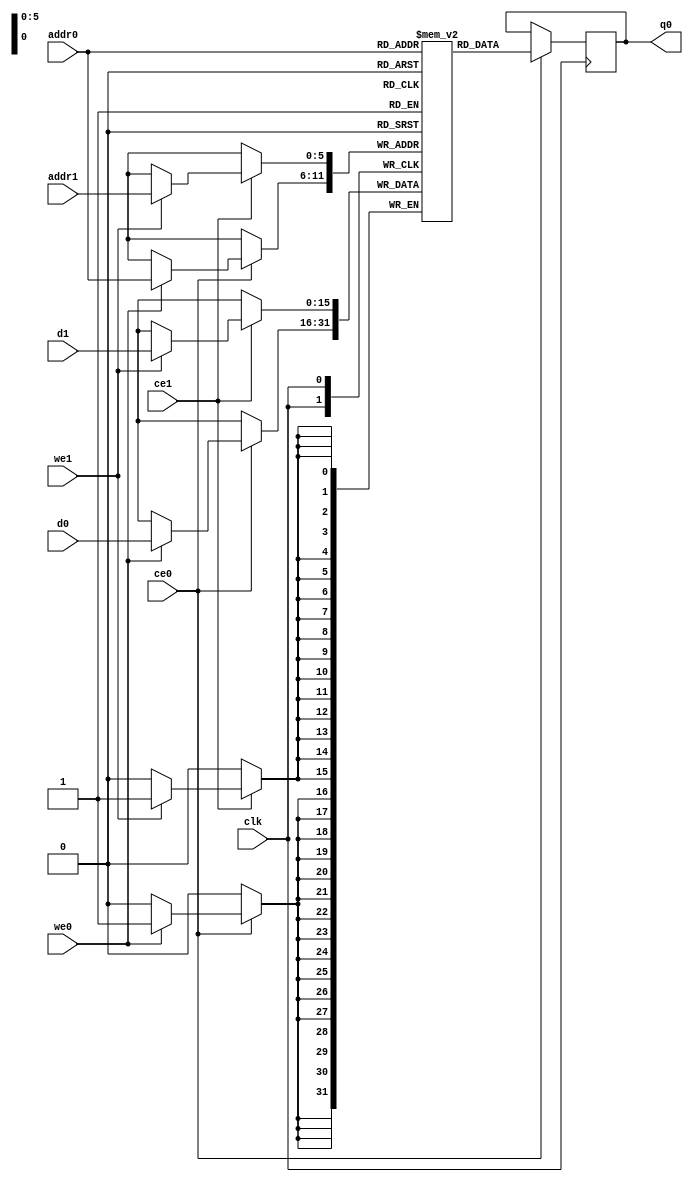
// ==============================================================
// Vivado(TM) HLS - High-Level Synthesis from C, C++ and SystemC v2019.2 (64-bit)
// Copyright 1986-2019 Xilinx, Inc. All Rights Reserved.
// ==============================================================
`timescale 1 ns / 1 ps
module conv_2d_cl_ss_ap_fixed_ap_fixed_16_5_5_3_0_config51_s_layHfu_ram (addr0, ce0, d0, we0, q0, addr1, ce1, d1, we1,  clk);

parameter DWIDTH = 16;
parameter AWIDTH = 6;
parameter MEM_SIZE = 64;

input[AWIDTH-1:0] addr0;
input ce0;
input[DWIDTH-1:0] d0;
input we0;
output reg[DWIDTH-1:0] q0;
input[AWIDTH-1:0] addr1;
input ce1;
input[DWIDTH-1:0] d1;
input we1;
input clk;

(* ram_style = "block" *)reg [DWIDTH-1:0] ram[0:MEM_SIZE-1];




always @(posedge clk)  
begin 
    if (ce0) begin
        if (we0) 
            ram[addr0] <= d0; 
        q0 <= ram[addr0];
    end
end


always @(posedge clk)  
begin 
    if (ce1) begin
        if (we1) 
            ram[addr1] <= d1; 
    end
end


endmodule

`timescale 1 ns / 1 ps
module conv_2d_cl_ss_ap_fixed_ap_fixed_16_5_5_3_0_config51_s_layHfu(
    reset,
    clk,
    address0,
    ce0,
    we0,
    d0,
    q0,
    address1,
    ce1,
    we1,
    d1);

parameter DataWidth = 32'd16;
parameter AddressRange = 32'd64;
parameter AddressWidth = 32'd6;
input reset;
input clk;
input[AddressWidth - 1:0] address0;
input ce0;
input we0;
input[DataWidth - 1:0] d0;
output[DataWidth - 1:0] q0;
input[AddressWidth - 1:0] address1;
input ce1;
input we1;
input[DataWidth - 1:0] d1;



conv_2d_cl_ss_ap_fixed_ap_fixed_16_5_5_3_0_config51_s_layHfu_ram conv_2d_cl_ss_ap_fixed_ap_fixed_16_5_5_3_0_config51_s_layHfu_ram_U(
    .clk( clk ),
    .addr0( address0 ),
    .ce0( ce0 ),
    .we0( we0 ),
    .d0( d0 ),
    .q0( q0 ),
    .addr1( address1 ),
    .ce1( ce1 ),
    .we1( we1 ),
    .d1( d1 ));

endmodule